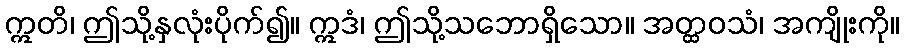
ဣတိ၊ ဤသို့နှလုံးပိုက်၍။ ဣဒံ၊ ဤသို့သဘောရှိသော။ အတ္ထဝသံ၊ အကျိုးကို။